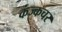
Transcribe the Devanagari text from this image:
कंज्कचर